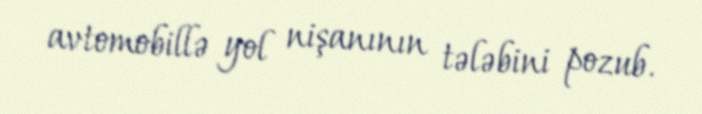
avtomobillə yol nişanının tələbini pozub.